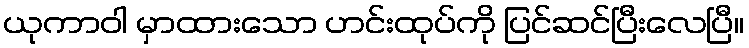
ယုကာဝါ မှာထားသော ဟင်းထုပ်ကို ပြင်ဆင်ပြီးလေပြီ။